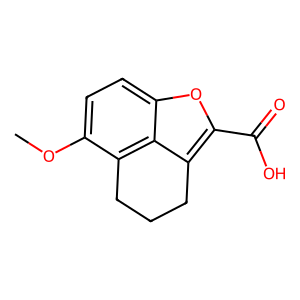
SMILES: COc1ccc2oc(C(=O)O)c3c2c1CCC3
Inhibits HIV replication: No